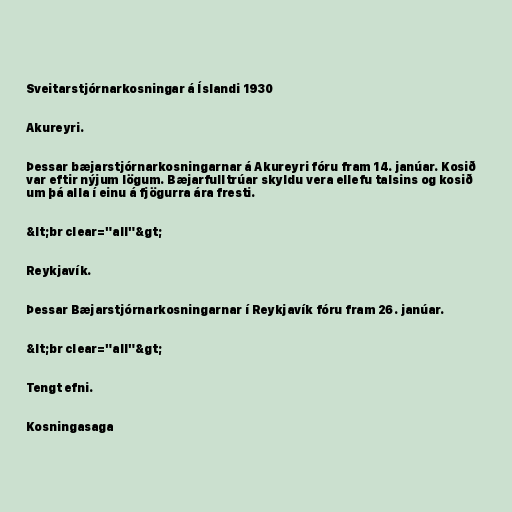
Sveitarstjórnarkosningar á Íslandi 1930

Akureyri.

Þessar bæjarstjórnarkosningarnar á Akureyri fóru fram 14. janúar. Kosið
var eftir nýjum lögum. Bæjarfulltrúar skyldu vera ellefu talsins og kosið
um þá alla í einu á fjögurra ára fresti.

&lt;br clear="all"&gt;

Reykjavík.

Þessar Bæjarstjórnarkosningarnar í Reykjavík fóru fram 26. janúar.

&lt;br clear="all"&gt;

Tengt efni.

Kosningasaga